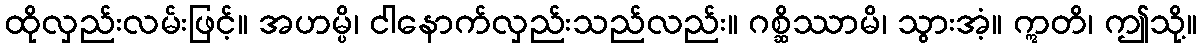
ထိုလှည်းလမ်းဖြင့်။ အဟမ္ပိ၊ ငါနောက်လှည်းသည်လည်း။ ဂစ္ဆိဿာမိ၊ သွားအံ့။ ဣတိ၊ ဤသို့။